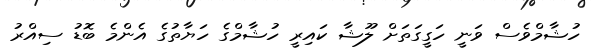
ހުޝާމްވެސް ވަނީ ހަގީގަތަށް ލޫޝާ ކައިރީ ހުޝާމްގެ ހަޔާތުގެ އެންމެ ބޮޑު ސިއްރު